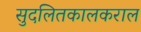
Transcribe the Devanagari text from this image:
सुदलितकालकराल